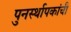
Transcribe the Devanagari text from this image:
पुनर्स्थापकांची